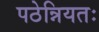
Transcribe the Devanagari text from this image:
पठेन्नियतः